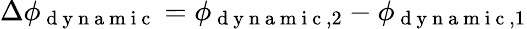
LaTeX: \Delta\phi_{\mathrm{~d~y~n~a~m~i~c~}}=\phi_{\mathrm{~d~y~n~a~m~i~c~},2}-\phi_{\mathrm{~d~y~n~a~m~i~c~},1}